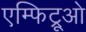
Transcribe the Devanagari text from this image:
एम्फिट्रूओ